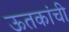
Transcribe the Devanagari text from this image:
ऊतकांची